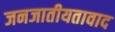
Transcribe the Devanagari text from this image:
जनजातीयतावाद